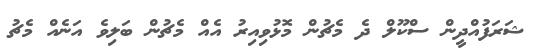
ޝަރަފުއްދީން ސްކޫލް ދެ މެޗުން މޮޅުވިއިރު އެއް މެޗުން ބަލިވެ އަނެއް މެޗު